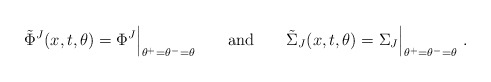
\begin{align*}\tilde{\Phi}^{J}(x,t,\theta) = \Phi^{J}\Bigl\vert_{\theta^+=\theta^-=\theta}\qquad{\rm and} \qquad\tilde{\Sigma}_{J}(x,t,\theta) =\Sigma_{J}\Bigl\vert_{\theta^+=\theta^-=\theta}\ .\end{align*}